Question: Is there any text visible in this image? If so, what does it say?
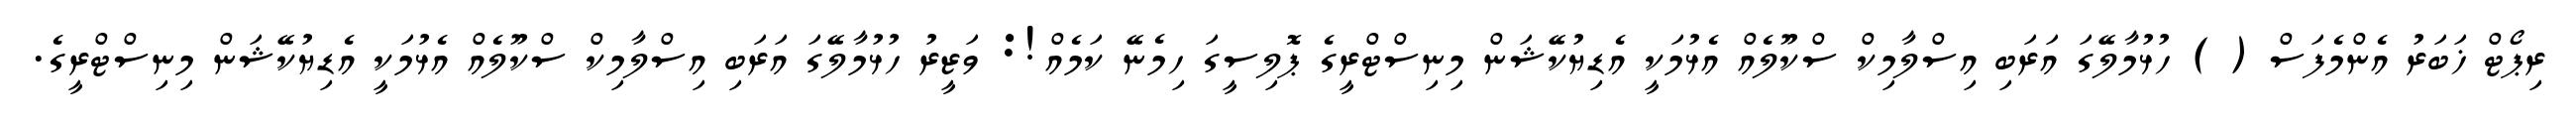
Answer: ރިޕޯޓް ޚަބަރު އެންމެފަސް ( ) ހުޅުމާލޭގަ އަރަބި އިސްލާމިކް ސްކޫލެއް އެޅުމަކީ އެޑިޔުކޭޝަން މިނިސްޓްރީގެ ޕޮލިސީގަ ހިމެނޭ ކަމެއް!: ވަޒީރު ހުޅުމާލޭގަ އަރަބި އިސްލާމިކް ސްކޫލެއް އެޅުމަކީ އެޑިޔުކޭޝަން މިނިސްޓްރީގެ.